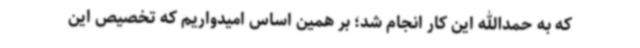
که به حمدالله این کار انجام شد؛ بر همین اساس امیدواریم که تخصیص این